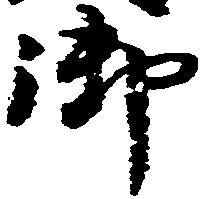
御